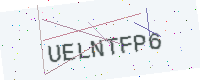
Text: UELNTFP6